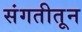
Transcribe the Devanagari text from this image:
संगतीतून